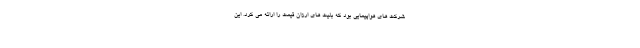
شرکت های هواپیمایی بود که بلیت های ارزان قیمت را ارائه می کرد. این